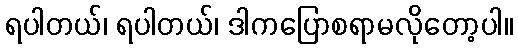
ရပါတယ်၊ ရပါတယ်၊ ဒါကပြောစရာမလိုတော့ပါ။